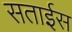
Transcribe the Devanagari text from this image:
सताईस